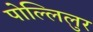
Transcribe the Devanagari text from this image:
पोल्लिलुर